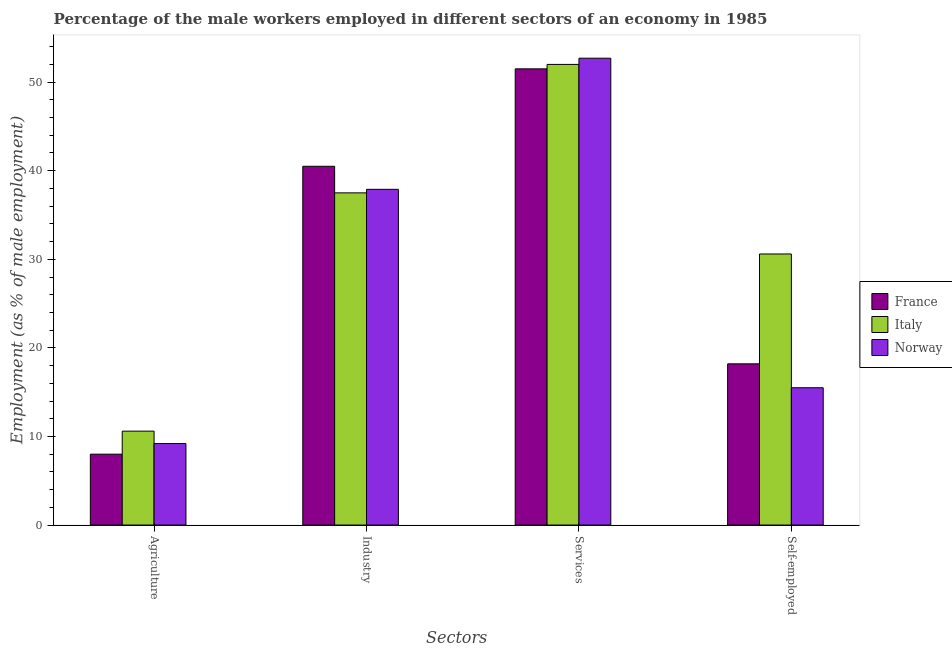
| Sectors | France | Italy | Norway |
 | --- | --- | --- | --- |
 | Agriculture | 8 | 10.6 | 9.2 |
 | Industry | 40.5 | 37.5 | 37.9 |
 | Services | 51.5 | 52 | 52.7 |
 | Self-employed | 18.2 | 30.6 | 15.5 |